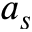
a _ { s }